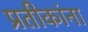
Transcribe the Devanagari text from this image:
प्रतीकांना